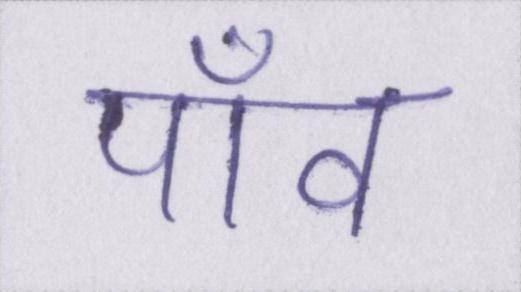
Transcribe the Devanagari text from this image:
पाँव